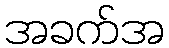
အခက်အ